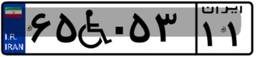
۶۳W۱۴۳۴۹